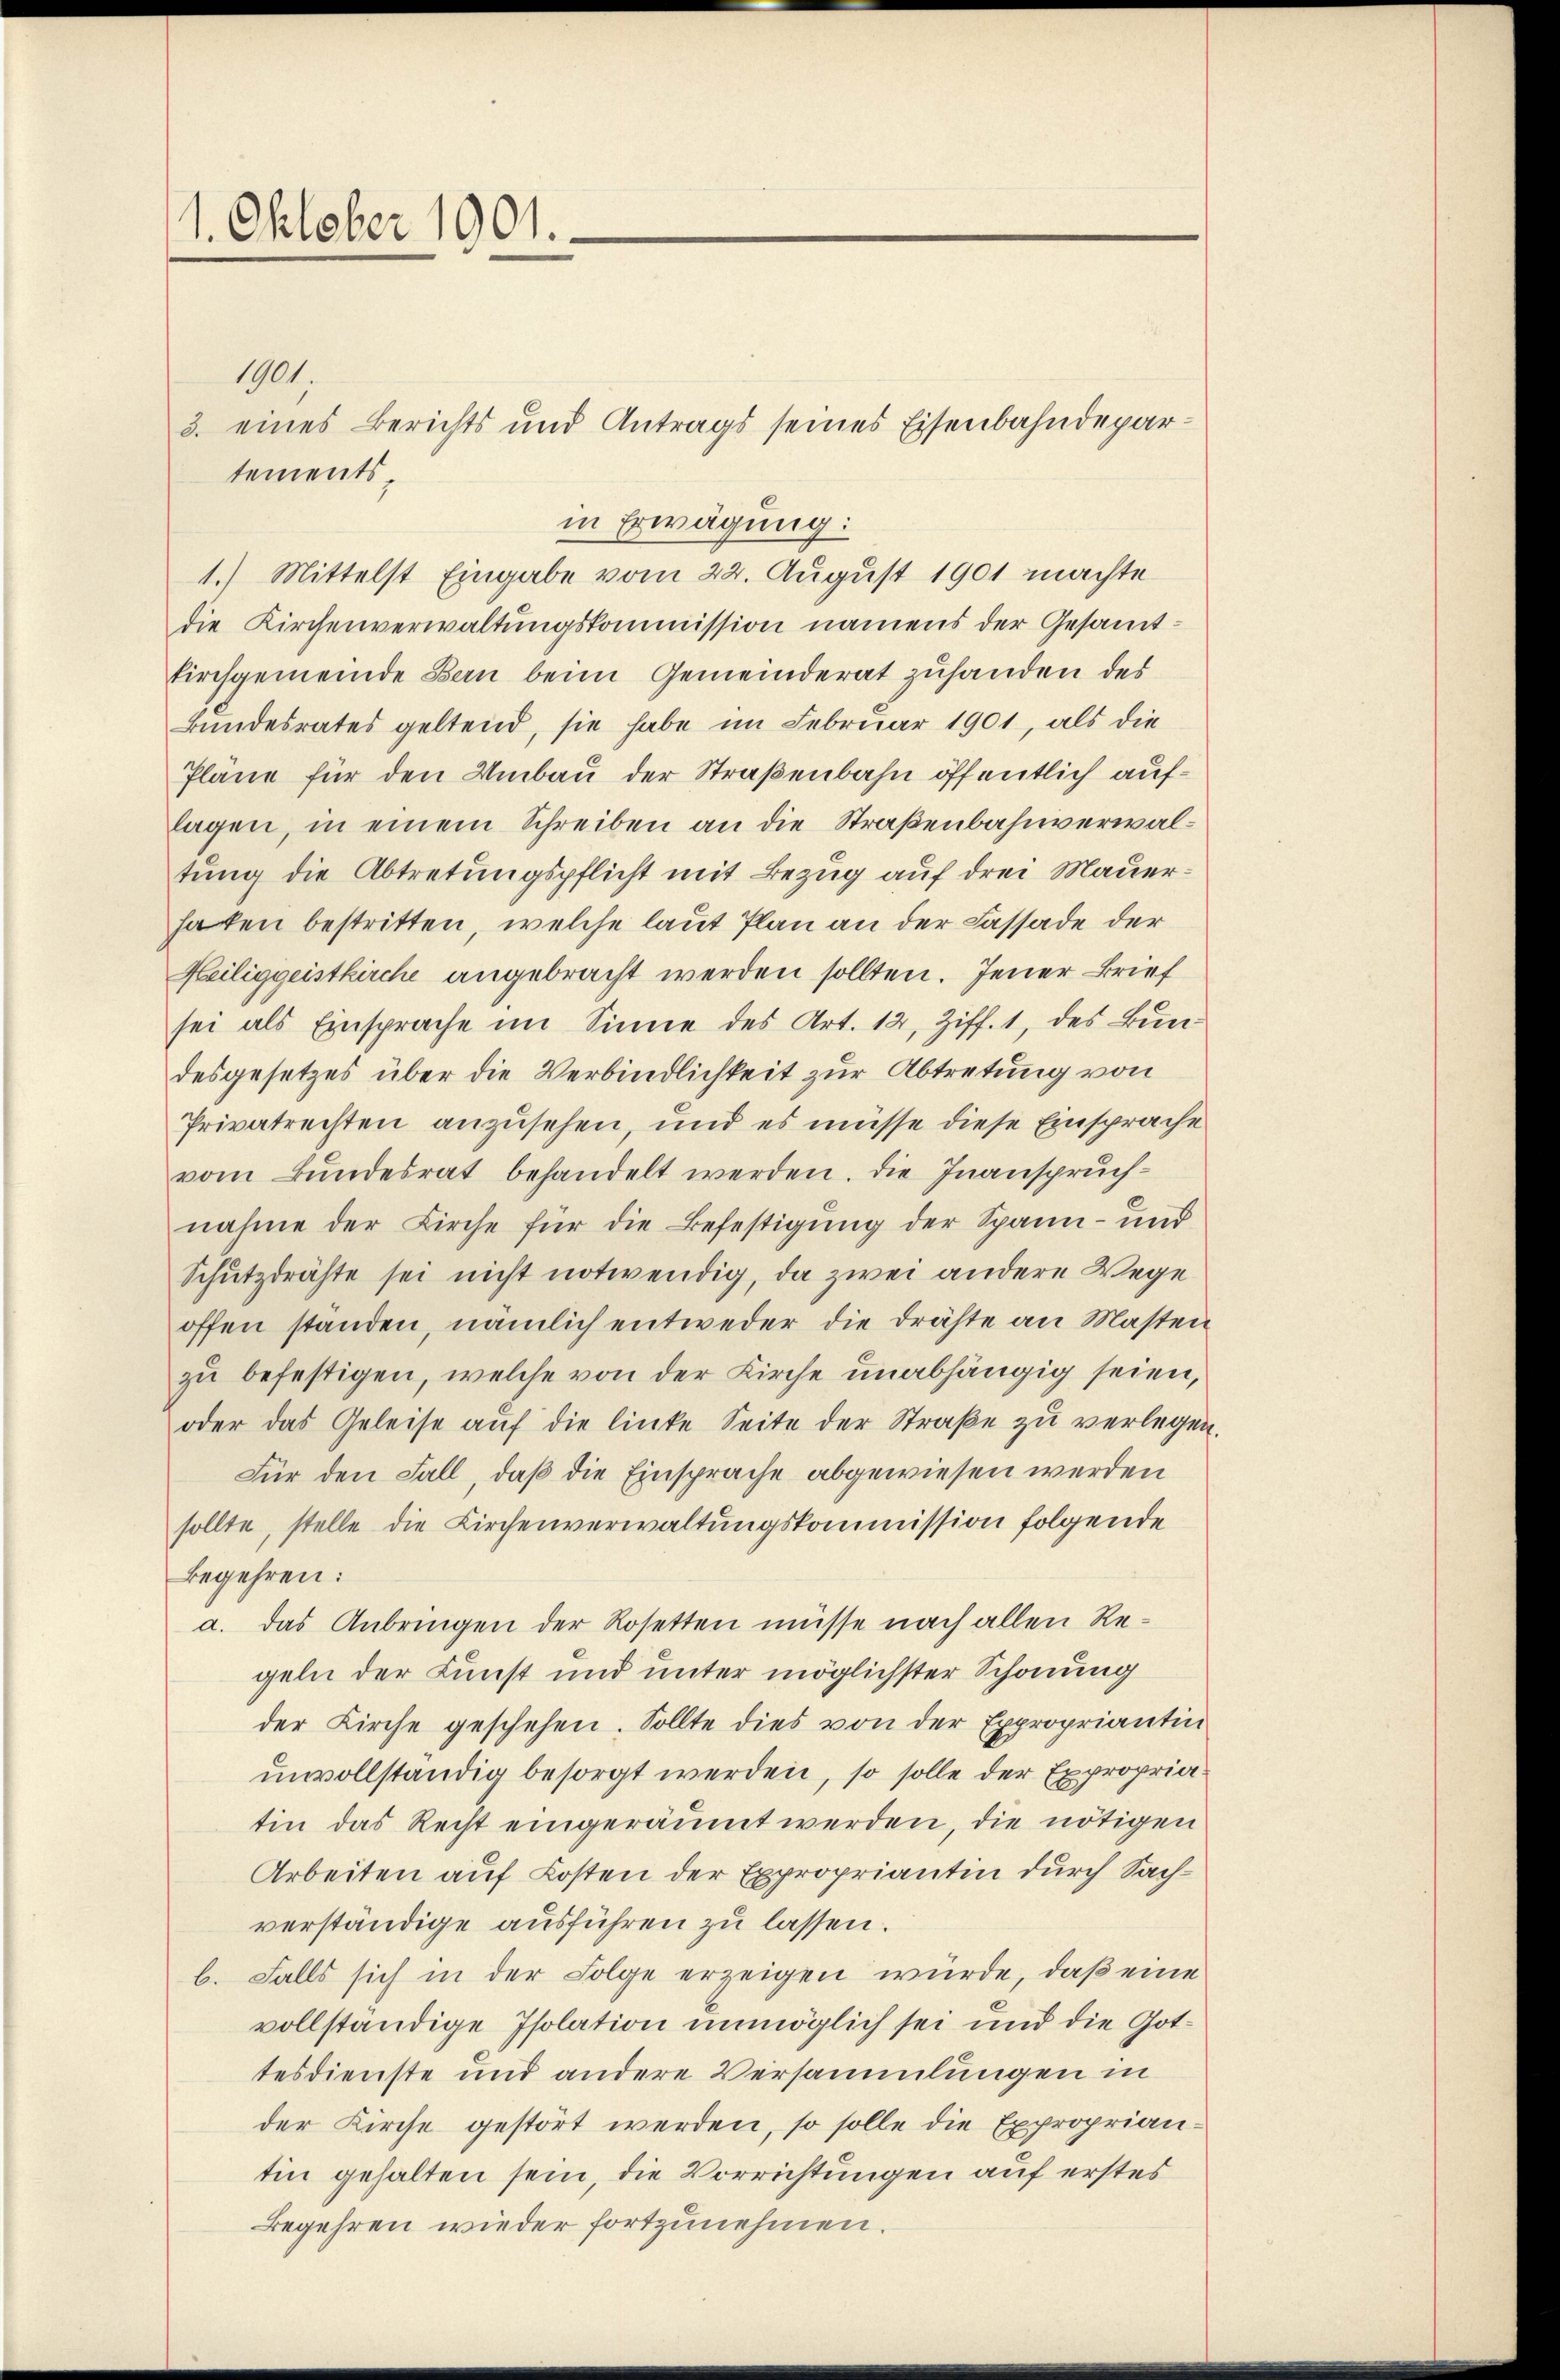
1. Oktober 1901.

die Kirchenverwaltungskommission namens der Gesamt-
Firchgemeinde Bern beim Gemeinderat zuhanden des
rundesrates geltend, sie habe im Februar 1901, als die
Pläne für den Umbau der Straßenbahn öffentlich auflagen, in einem Schreiben an die Straßenbahnverwaltung die Abtretungspflicht mit Bezug auf drei Mauerhaten bestritten, welche laut Plan an der Cassade der
Heiliggeistkirche angebracht werden sollten. Jener Brief
sei als Einsprache im Sinne des Art. 12, Ziff. 1, des Bundesgesetzes über die Verbindlichkeit zur Abtretung von
Privatrechten anzusehen, und es müsse diese Einsprache
vom Bundesrat behandelt werden. Die Inanspruchnahme der Kirche für die Befestigung der Spann- und
Schŭtzdrähte sei nicht notwendig, da zwei andere Wege
offen standen, nämlich entweder die drähte an Masten
zu befestigen, welche von der Kirche unabhängig seien,
oder das Geleise auf die linke Seite der Straße zu verlegen
Für den Fall, daß die Einsprache abgewiesen werden
sollte, stelle die Kirchenverwaltungskommission folgende
Begehren:
a. das Anbringen der Rosetten müsse nach allen Regeln der Kunst und unter möglichster Schonung
der Kirche geschehen. Sollte dies von der Expropriantin
unvollständig besorgt werden, so solle der Expropria
tin das Recht eingeräumt werden, die nötigen
Arbeiten auf Kosten der Expropriantin durch Sachverständige ausführen zu lassen.
b. Falls sich in der Folge erzeigen würde, daß eine
vollständige Isolation unmöglich sei und die Gottesdienste und andere Versammlungen in
der Kirche gestört werden, so solle die Expropriantin gehalten sein, die Vorrichtungen auf erstes
Begehren wieder fortzunehmen.

1901.
tements¬

3. eines Berichts und Antrags seines Eisenbahndepar¬

in Erwägung:
1.) Mittelst Eingabe vom 22. August 1901 machte